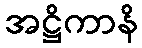
အဋ္ဌိကာနိ